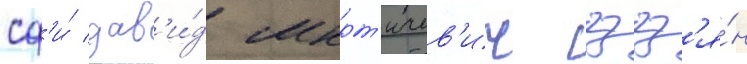
сф'и́ дав'и́д мкрт'ичев'ич гзгз'я́н